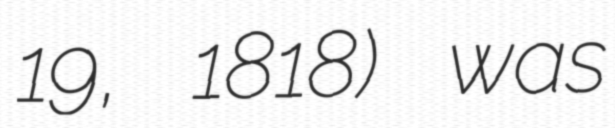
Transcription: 19, 1818) was